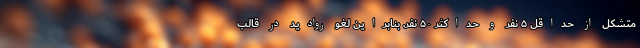
متشکل از حداقل ۵ نفر و حداکثر ۵۰ نفر. بنابراین لغو روادید در قالب